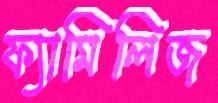
ফ্যামিলিজ